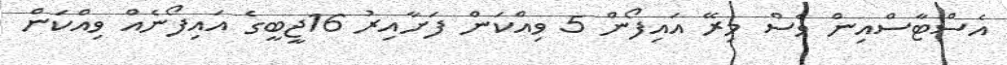
އެސްޓާސްއިން ވެސް މިރޭ އައިފޯން 5 ވިއްކަން ފަށާއިރު 16ޖީބީގެ އައިފޯނެއް ވިއްކަން